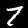
Label: 7